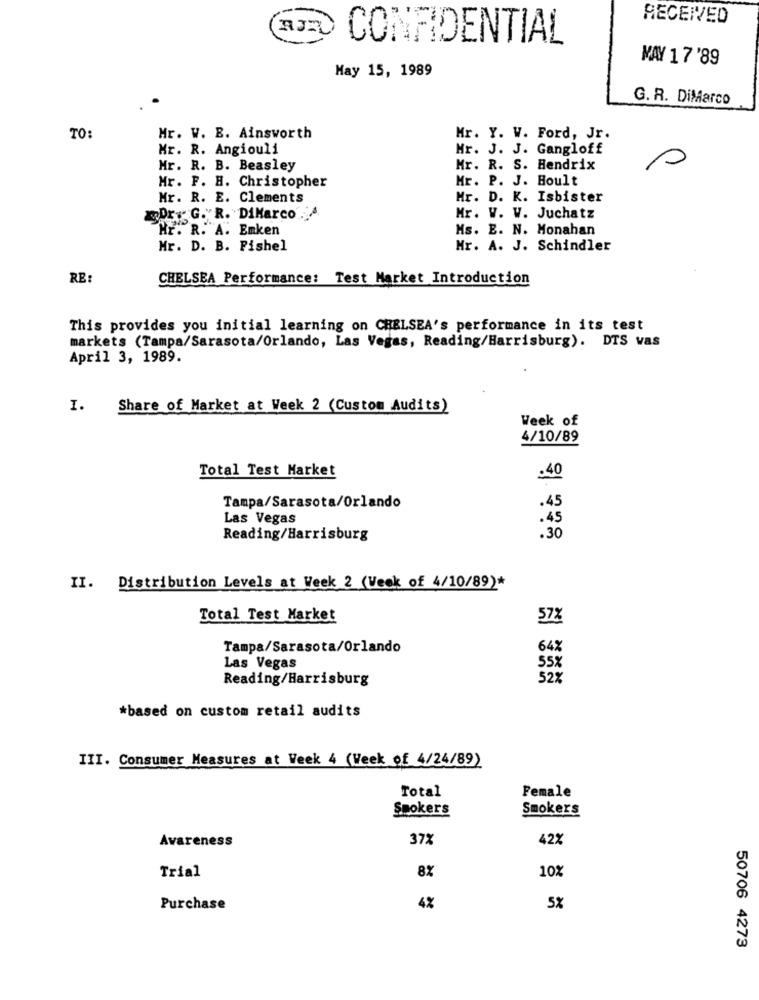
RECEIVED
RJR
CONFIDENTIAL
MAY 17'89
May 15, 1989
G. R. DiMarco
TO:
Hr. W. B. Ainsworth
Mr. Y. W. Ford, Jr.
Mr. R. Angiouli
Mr. J. J. Gangloff
Mr. R. B. Beasley
Mr. R. S. Hendrix
Mr. F. H. Christopher
Mr. P. J. Hoult
Mr. R. E. Clements
Mr. D. K. Isbister
Dr. G. R. DiMarco ..
Mr. W. W. Juchatz
HE. R. A. Emken
Ms. E. N. Monahan
Mr. D. B. Fishel
Mr. A. J. Schindler
RE
CHELSEA Performance: Test Market Introduction
This provides you initial learning on CHELSEA's performance in its test
markets (Tampa/Sarasota/Orlando, Las Vegas, Reading/Harrisburg). DTS vas
April 3, 1989.
I.
Share of Market at Week 2 (Custom Audits)
Week of
4/10/89
Total Test Market
.40
.45
Tampa/Sarasota/Orlando
Las Vegas
.45
Reading/Harrisburg
.30
II. Distribution Levels at Week 2 (Week of 4/10/89)*
Total Test Market
57%
Tampa/Sarasota/Orlando
64%
Las Vegas
55%
Reading/Harrisburg
52%
*based on custom retail audits
III. Consumer Measures at Week 4 (Week of 4/24/89)
Total
Female
Smokers
Smokers
Avareness
372
42%
8%
102
Trial
Purchase
4%
5%
50706 4273